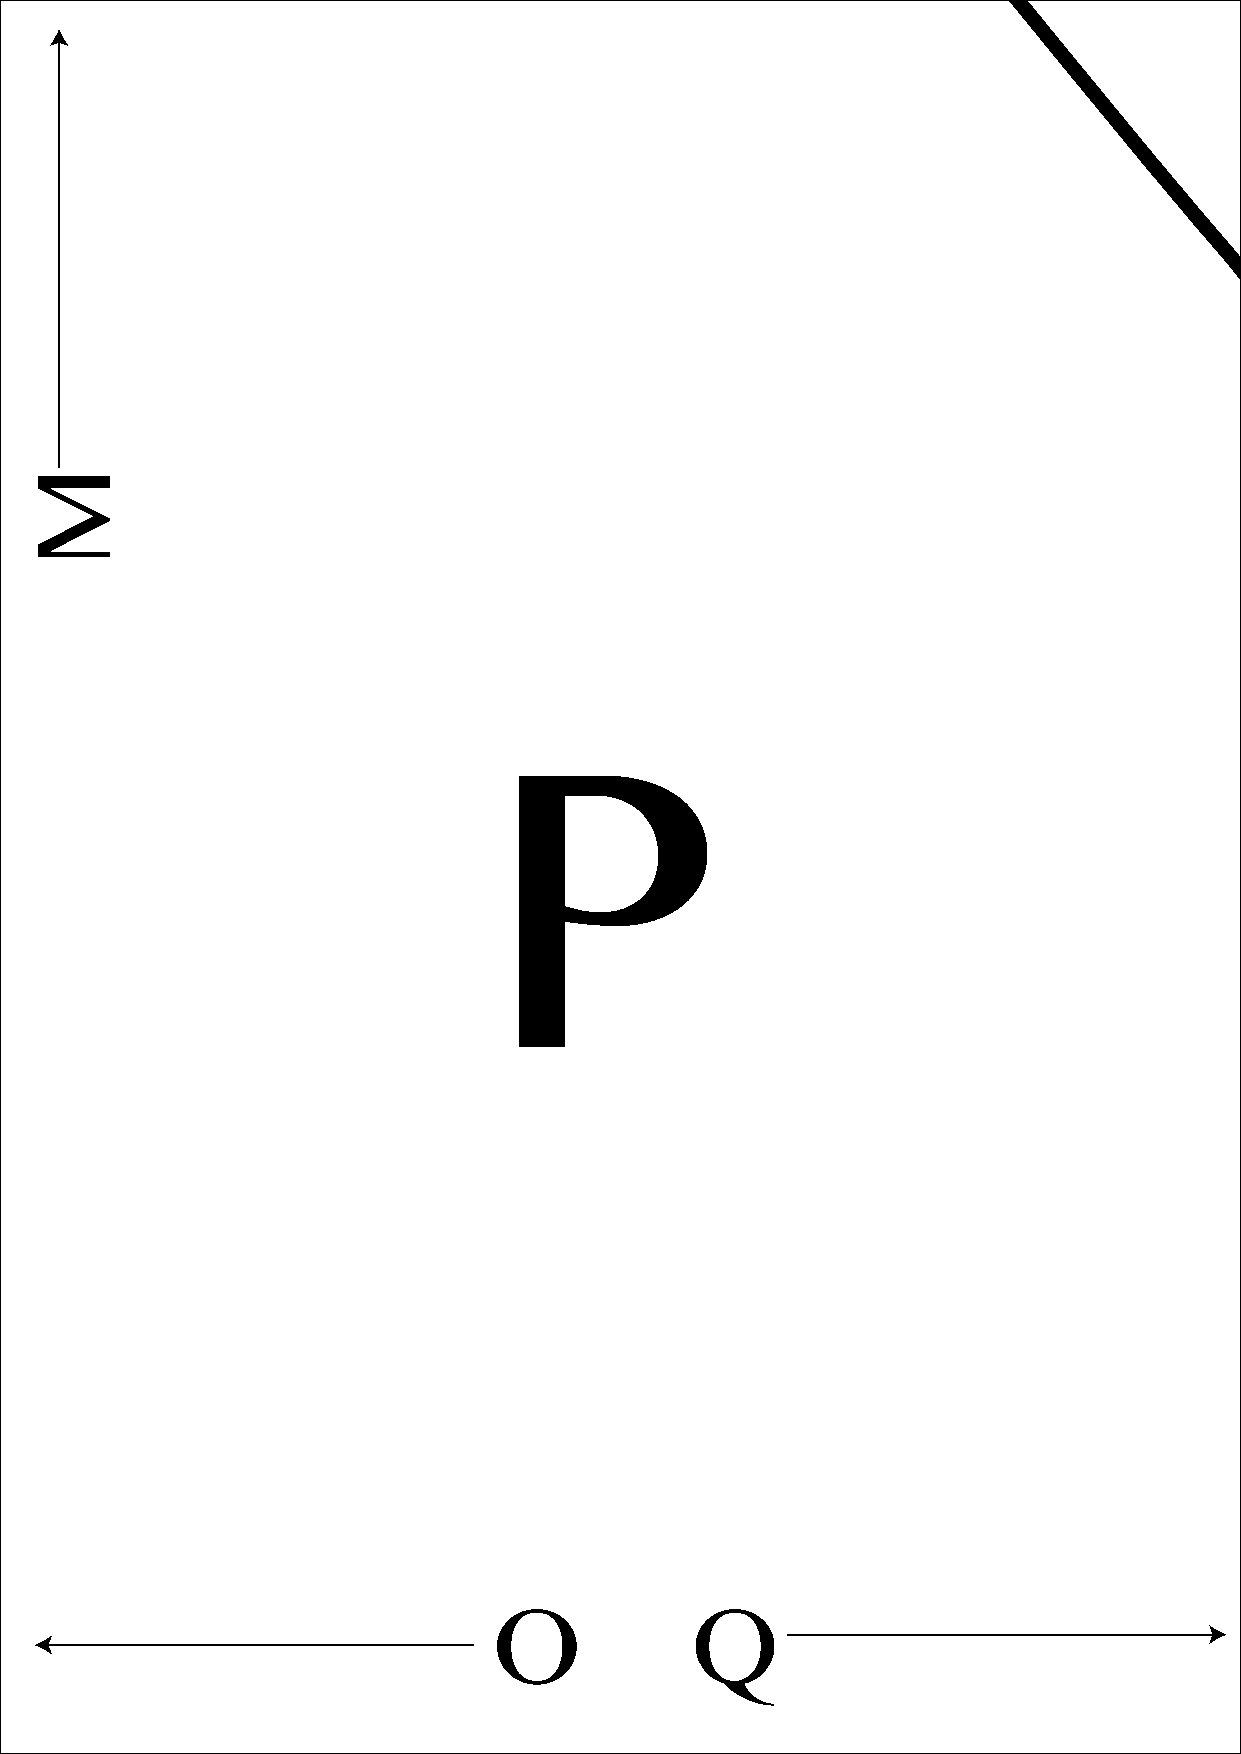
OO                           PPP
 OOO          QQQ
 M  M  M